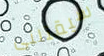
سيقتلنى